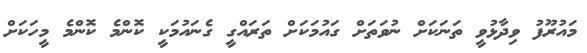
މައުރޫފު ވިދާޅުވީ ތަނަކަށް ނުވަތަށް ގައުމަކަށް ތަރައްގީ ގެނައުމަކީ ކޮންމެ ކޮންމެ މީހަކަށް